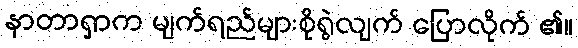
နာတာရှာက မျက်ရည်များစိုရွဲလျက် ပြောလိုက် ၏။